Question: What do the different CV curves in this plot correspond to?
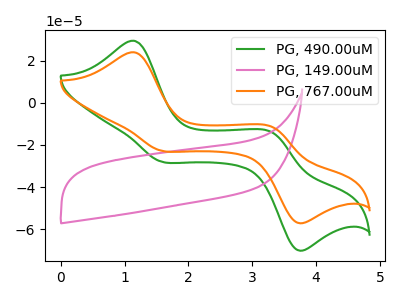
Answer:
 <answer>The green curve is labeled "PG, 490.00uM". The pink curve is labeled "PG, 149.00uM". The orange curve is labeled "PG, 767.00uM".</answer>
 <eval></eval>